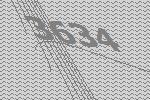
3634